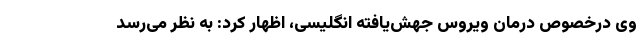
وی درخصوص درمان ویروس جهش‌یافته انگلیسی، اظهار کرد: به نظر می‌رسد